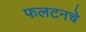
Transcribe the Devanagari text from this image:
फलटनचे